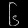
Digit: ၆